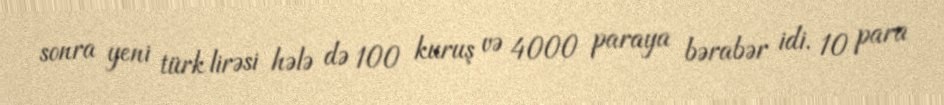
sonra yeni türk lirəsi hələ də 100 kuruş və 4000 paraya bərabər idi. 10 para